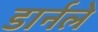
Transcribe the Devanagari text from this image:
डार्नले